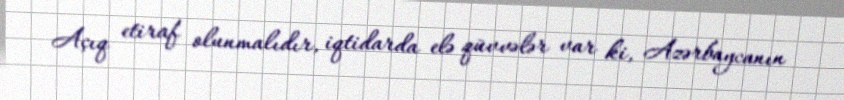
Açıq etiraf olunmalıdır, iqtidarda elə qüvvələr var ki, Azərbaycanın